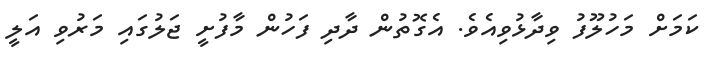
ކަމަށް މަހުލޫފު ވިދާޅުވިއެވެ. އެގޮތުން ދާދި ފަހުން މާފުށީ ޖަލުގައި މަރުވި އަލީ